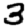
Digit: 3